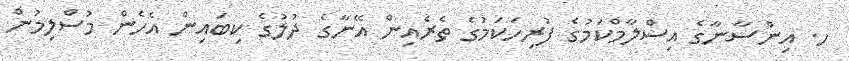
ހ. އިންސާނާގެ އިސްލާމްކަމުގެ ފުރިހަކަމުގެ ތެރެއިން އޭނާގެ ދުލުގެ ކިބައިން އެހެން މުސްލިމުން